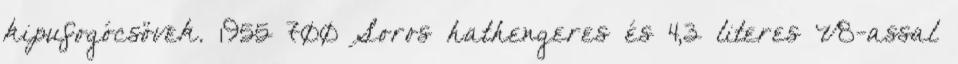
kipufogócsövek. 1955 700 Soros hathengeres és 4,3 literes V8-assal